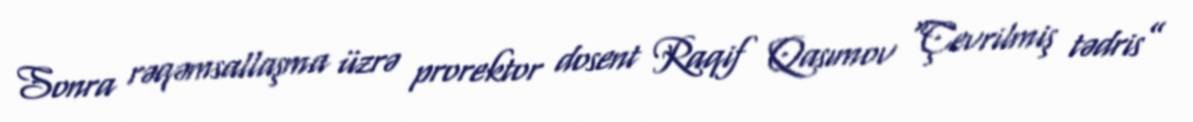
Sonra rəqəmsallaşma üzrə prorektor dosent Raqif Qasımov “Çevrilmiş tədris”